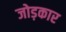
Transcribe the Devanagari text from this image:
जोड़कार